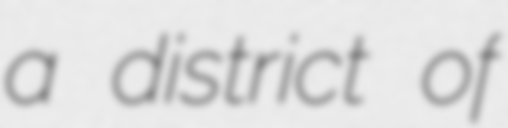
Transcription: a district of